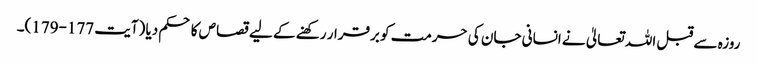
روزہ سے قبل اللہ تعالیٰ نے انسانی جان کی حرمت کو برقرار رکھنے کے لیے قصاص کا حکم دیا (آیت 177-179)۔